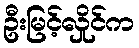
ဦးမြင့်လှိုင်က